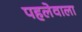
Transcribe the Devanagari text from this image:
पहलेवाला